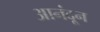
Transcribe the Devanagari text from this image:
आनंदून